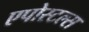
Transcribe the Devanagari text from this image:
एपोस्टल्स